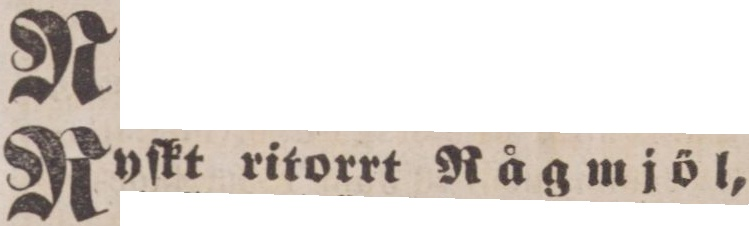
Ryſktrikorrt Rågmjöl,